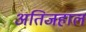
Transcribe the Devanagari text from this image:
अतिजहाल